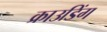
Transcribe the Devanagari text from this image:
क्राउडिंग